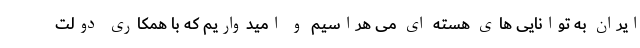
ایران به توانایی های هسته ای می هراسیم و امیدواریم که با همکاری دولت